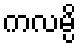
ကလမ္ပိ